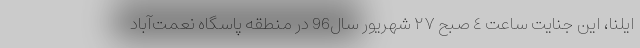
ایلنا، این جنایت ساعت ٤ صبح ٢٧ شهریور سال96 در منطقه پاسگاه نعمت‌آباد